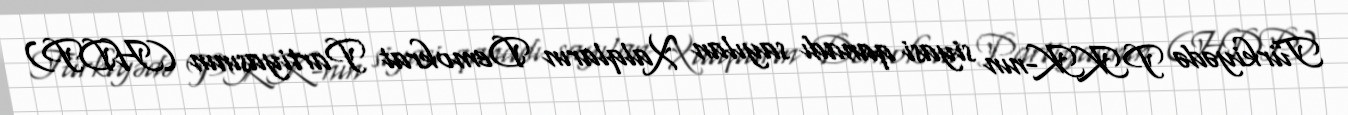
Türkiyədə PKK-nın siyasi qanadı sayılan Xalqların Demokrat Partiyasının (HDP)